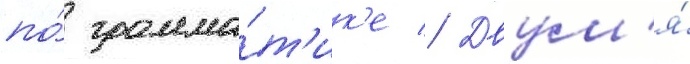
по́ грамма́т'ик'е // Двум'я́